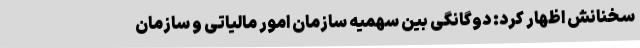
سخنانش اظهار کرد: دوگانگی بین سهمیه سازمان امور مالیاتی و سازمان